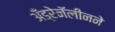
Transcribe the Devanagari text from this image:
अँड्रेनॅलीनने